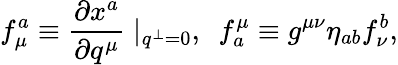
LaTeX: f_{\mu}^{a}\equiv\frac{\partial x^{a}}{\partial q^{\mu}}\mid_{q^{\perp}=0},~~f_{a}^{\mu}\equiv g^{\mu\nu}\eta_{ab}f_{\nu}^{b},